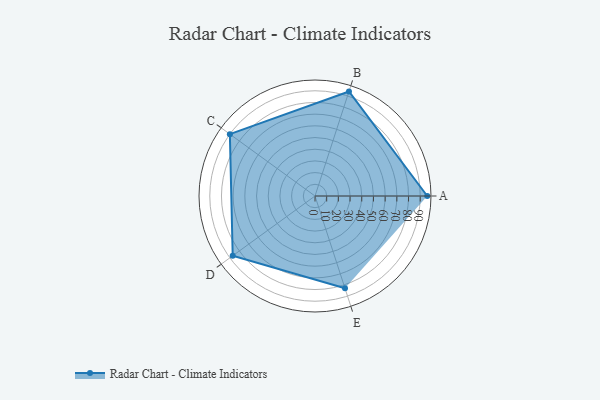
{"axis": {"x": "Skill", "y": "Score"}, "legend": ["Profile"], "data": [{"x": "A", "y": 96.0, "type": "Profile"}, {"x": "B", "y": 94.0, "type": "Profile"}, {"x": "C", "y": 90.0, "type": "Profile"}, {"x": "D", "y": 87.0, "type": "Profile"}, {"x": "E", "y": 83.0, "type": "Profile"}]}